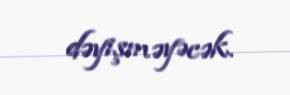
dəyişməyəcək.